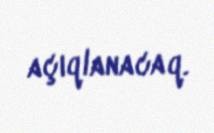
açıqlanacaq.